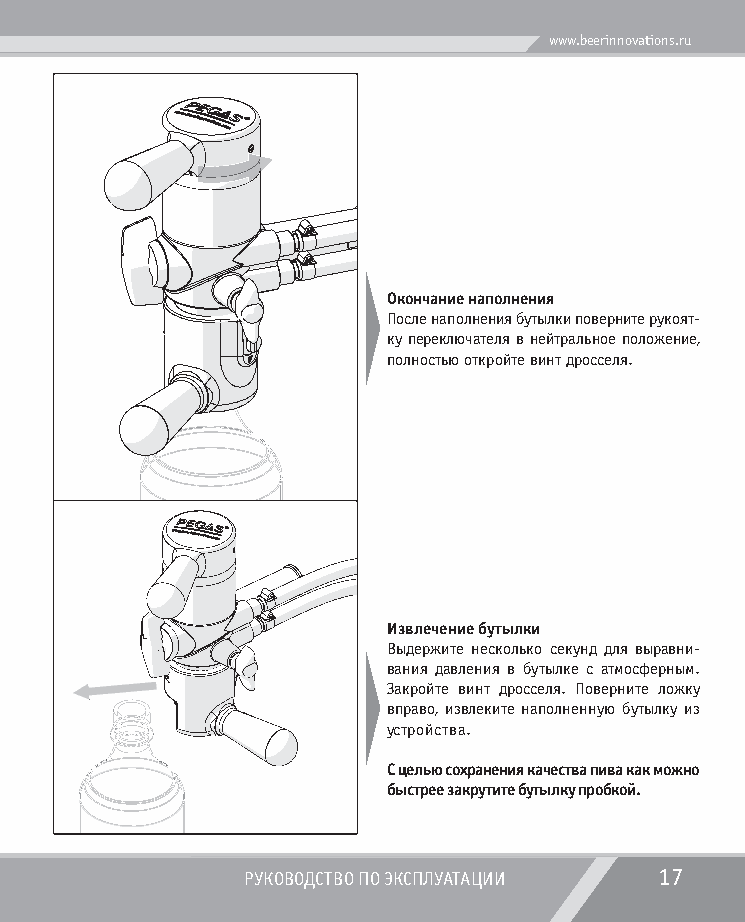
www.beerinnovations.ru
 Окончание наполнения
 После наполнения бутылки поверните рукоят-
 ку переключателя в нейтральное положение,
 полностью откройте винт дросселя.
 Извлечение бутылки
 Выдержите несколько секунд для выравни-
 вания давления в бутылке с атмосферным.
 Закройте винт дросселя. Поверните ложку
 вправо, извлеките наполненную бутылку из
 устройства.
 С целью сохранения качества пива как можно
 быстрее закрутите бутылку пробкой.
 РУКОВОДСТВО ПО ЭКСПЛУАТАЦИИ 17